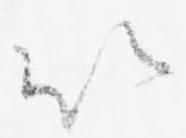
以